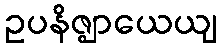
ဥပနိဇ္ဈာယေယျ